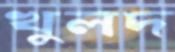
খুলদ